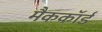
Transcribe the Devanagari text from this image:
मैककॉर्ड